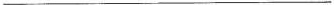
___